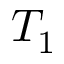
T _ { 1 }